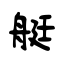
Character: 艇